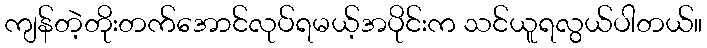
ကျန်တဲ့တိုးတက်အောင်လုပ်ရမယ့်အပိုင်းက သင်ယူရလွယ်ပါတယ်။